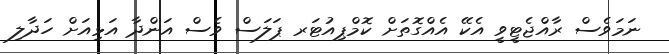
ނަމަވެސް ރާއްޖެޓީވީ އެކޭ އެއްގޮތަށް ކޮމްޕިއުޓަރ ޕަލަސް ވެސް އަންދާ އަޅިއަށް ހަދާލި